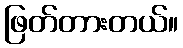
ဖြတ်တားတယ်။